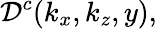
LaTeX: \mathcal{D}^{c}(k_{x},k_{z},y),